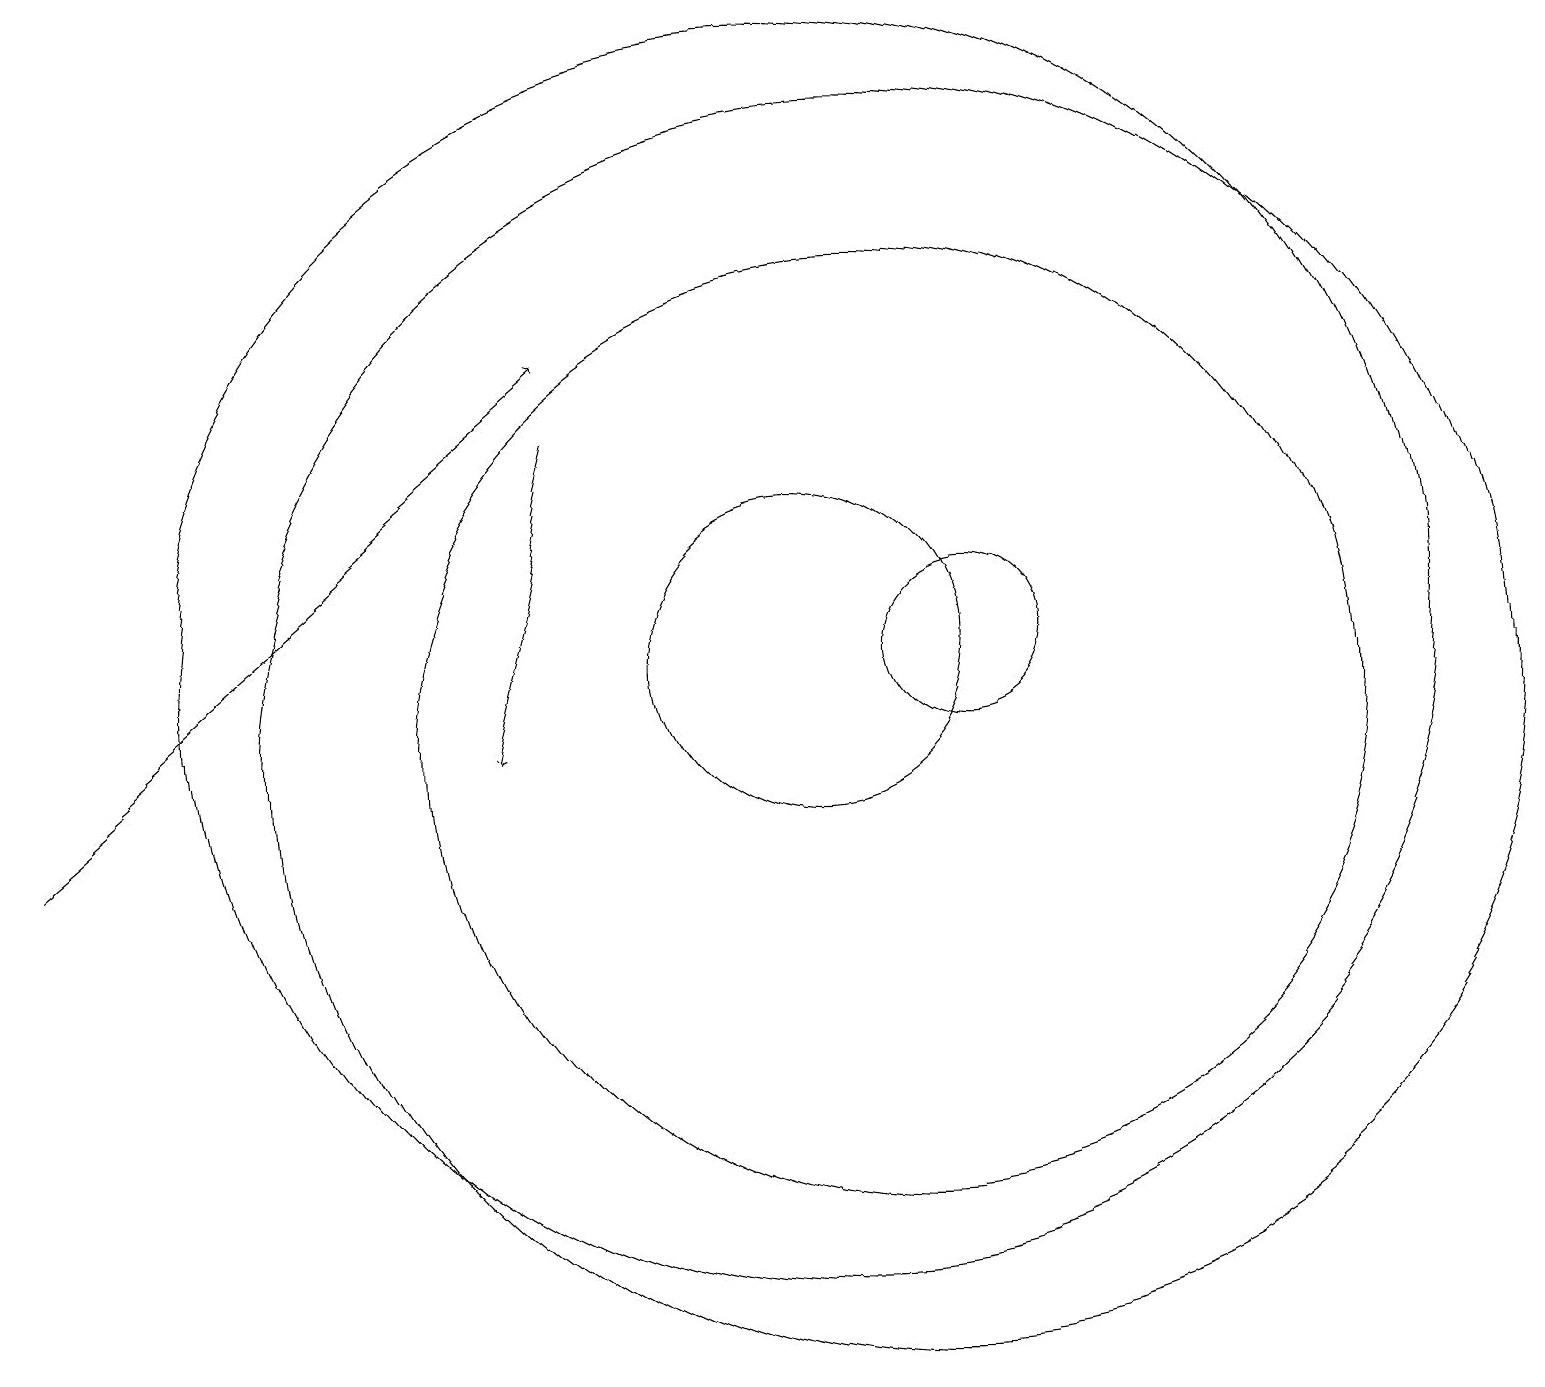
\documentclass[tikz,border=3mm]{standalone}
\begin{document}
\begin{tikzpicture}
\draw (10,12) circle (2);
\draw (11,11) circle (6);
\draw (11,11) circle (8);
\draw[->] (7,15) -- (6,11);
\draw (12,12) circle (1);
\draw (10,12) circle (8);
\draw[->] (0,10) -- (7,16);
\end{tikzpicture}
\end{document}